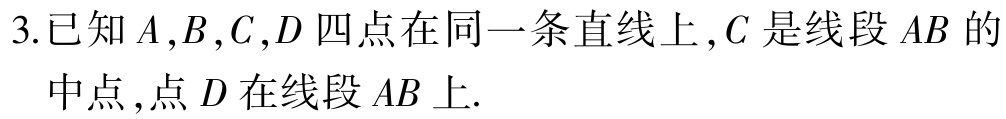
3.已知\(A,B,C,D\)四点在同一条直线上，\(C\)是线段\(AB\)的中点，点\(D\)在线段\(AB\)上.